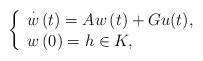
LaTeX: \begin{align*} \left\{ \begin{array} [c]{l}\overset{\cdot}{w}\left( t\right) =Aw\left( t\right) +Gu( t ),\\w\left( 0\right) =h \in K,\end{array}\right. \end{align*}